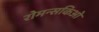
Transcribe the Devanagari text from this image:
रोमन्सकिओ